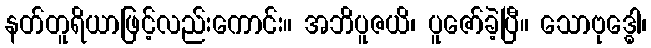
နတ်တူရိယာဖြင့်လည်းကောင်း။ အဘိပူဇယိ၊ ပူဇော်ခဲ့ပြီ။ သောဗုဒ္ဓေါ၊